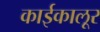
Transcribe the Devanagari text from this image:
काईकालूर